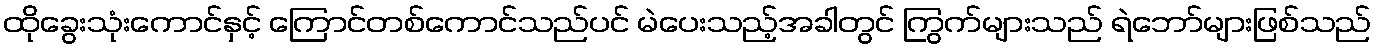
ထိုခွေးသုံးကောင်နှင့် ကြောင်တစ်ကောင်သည်ပင် မဲပေးသည့်အခါတွင် ကြွက်များသည် ရဲဘော်များဖြစ်သည်